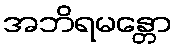
အဘိရမန္တော